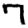
Digit: 7